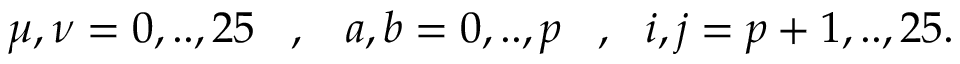
\mu , \nu = 0 , . . , 2 5 \, \, \, \, \, , \, \, \, \, \, a , b = 0 , . . , p \, \, \, \, \, , \, \, \, \, i , j = p + 1 , . . , 2 5 .